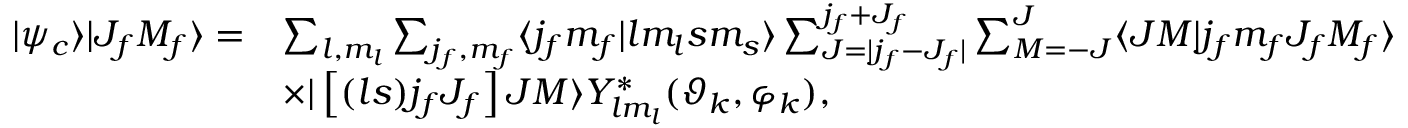
\begin{array} { r l } { | \psi _ { c } \rangle | J _ { f } M _ { f } \rangle = } & { \sum _ { l , m _ { l } } \sum _ { j _ { f } , m _ { f } } \langle j _ { f } m _ { f } | l m _ { l } s m _ { s } \rangle \sum _ { J = | j _ { f } - J _ { f } | } ^ { j _ { f } + J _ { f } } \sum _ { M = - J } ^ { J } \langle J M | j _ { f } m _ { f } J _ { f } M _ { f } \rangle } \\ & { \times | \left[ ( l s ) j _ { f } J _ { f } \right] J M \rangle Y _ { l m _ { l } } ^ { * } ( \vartheta _ { k } , \varphi _ { k } ) , } \end{array}